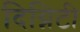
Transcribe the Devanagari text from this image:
दिग्निटी